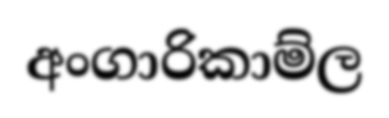
අංගාරිකාම්ල